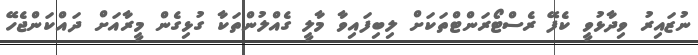
ނުޒައިރު ވިދާޅުވީ ކެފޭ ރެސްޓޯރަންޓްތަކަށް ލިބިފައިވާ މާލީ ގެއްލުންތަކާ ގުޅިގެން މީރާއަށް ދައްކަންޖެހޭ